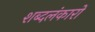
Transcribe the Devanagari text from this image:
शब्दलंकारों